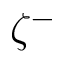
\zeta ^ { - }